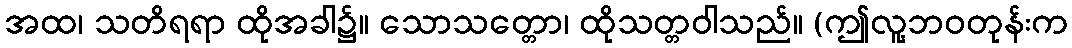
အထ၊ သတိရရာ ထိုအခါ၌။ သောသတ္တော၊ ထိုသတ္တဝါသည်။ (ဤလူ့ဘဝတုန်းက